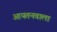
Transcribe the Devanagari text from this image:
आयतनवाला